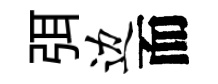
弭边而